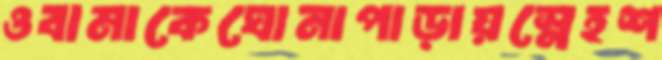
ওবামাকেঘোনাপাড়ায়স্নেহশ